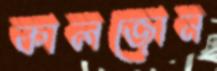
কালজোন